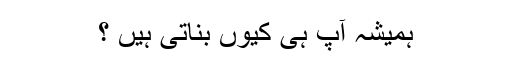
ہمیشہ آپ ہی کیوں بناتی ہیں ؟